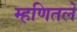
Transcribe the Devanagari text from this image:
म्हणितले